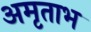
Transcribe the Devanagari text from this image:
अमृताभ